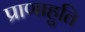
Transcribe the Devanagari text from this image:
प्राणाहुति